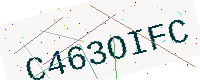
Text: C463OIFC